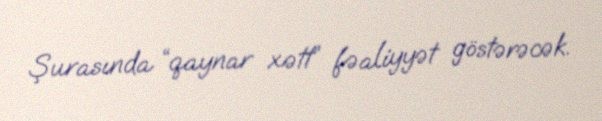
Şurasında “qaynar xətt” fəaliyyət göstərəcək.